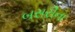
બસરીના